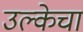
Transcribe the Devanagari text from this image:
उल्केचा